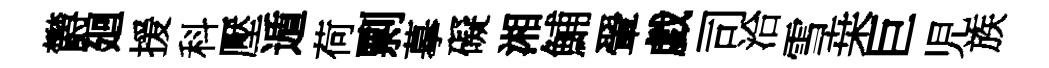
欝廻援科壓遁荷剽摹礙湘鯆翬戯司洽雪桒巨児族